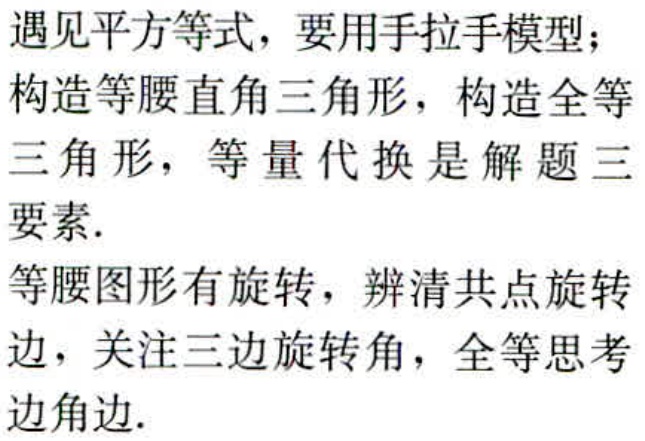
遇见平方等式，要用手拉手模型；

构造等腰直角三角形，构造全等

三角形，等量代换是解题三

要素.

等腰图形有旋转，辨清共点旋转

边，关注三边旋转角，全等思考

边角边.